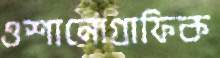
ওশানোগ্রাফিক